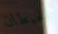
الحيطان